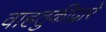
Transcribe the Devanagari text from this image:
वाहतुकीद्वारे